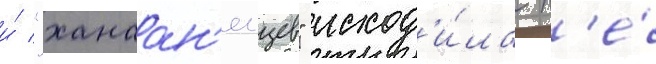
и́ "ханаан'еицев" исход'и́ла н'е́